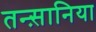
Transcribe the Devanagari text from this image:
तन्स़ानिया